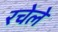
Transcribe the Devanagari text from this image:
रचेले